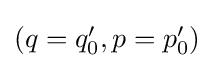
{\textstyle (q=q_{0}',p=p_{0}')}